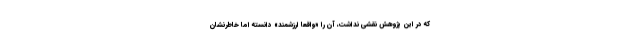
که در این پژوهش نقشی نداشت، آن را «واقعاً ارزشمند» دانسته اما خاطرنشان